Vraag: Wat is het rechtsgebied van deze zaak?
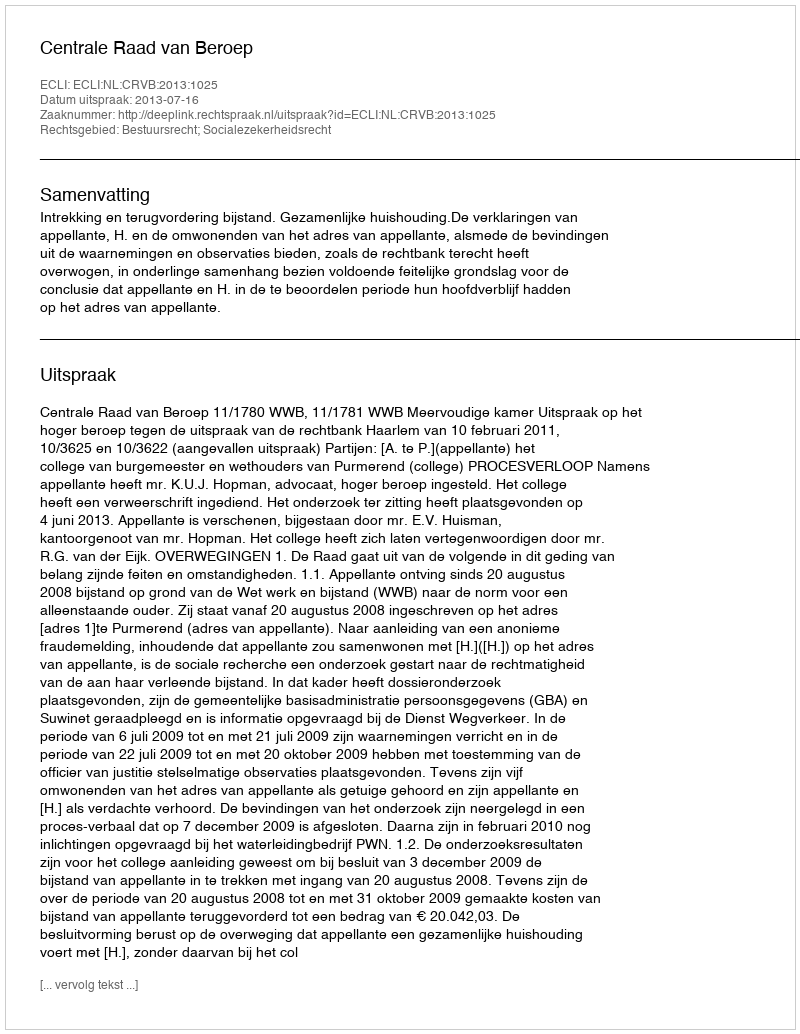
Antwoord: Bestuursrecht; Socialezekerheidsrecht